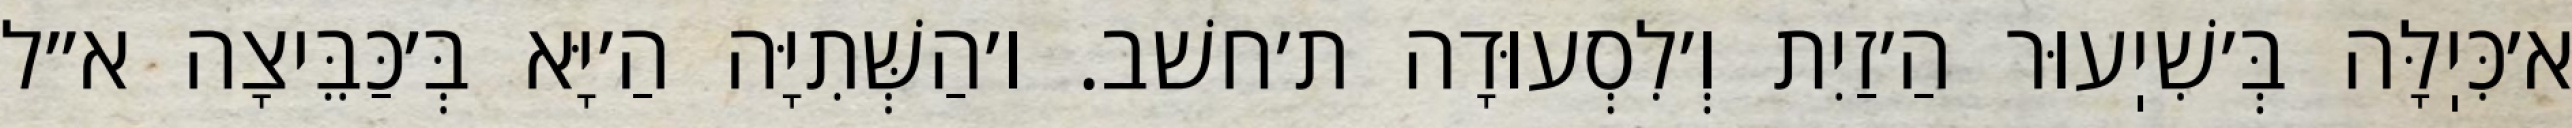
א׳כִּיֽלָּה בְּ׳שִׁיֽעוּר הַ׳זַיִת וְ׳לִסְעוּדָה ת׳חשׁב. ו׳הַשְּׁתִיָּה הַ׳יָּא בְּ׳כַּבֵּיצָה א״ל